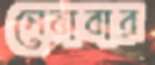
নেবাবার